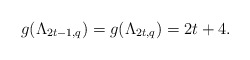
\begin{align*} g(\Lambda_{2t-1,q})=g(\Lambda_{2t,q})=2t+4. \end{align*}